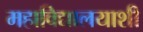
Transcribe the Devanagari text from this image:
महाविद्यालयाशी